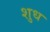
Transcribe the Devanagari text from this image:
शुध